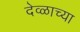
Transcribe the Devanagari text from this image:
देव्ळाच्या